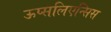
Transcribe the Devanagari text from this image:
ऊप्सलिएन्सिस